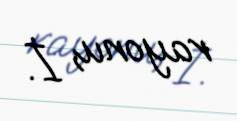
rayonu, İ.